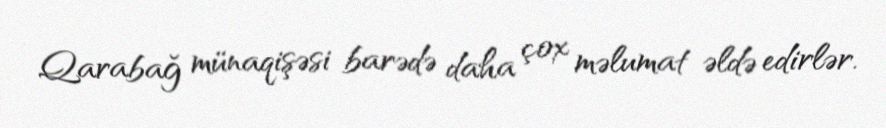
Qarabağ münaqişəsi barədə daha çox məlumat əldə edirlər.